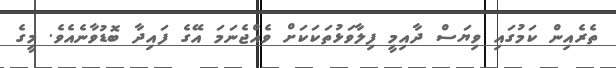
ތެރެއިން ކަމުގައި ވިޔަސް ދާއިމީ ފިލާވަޅުތަކަކަށް ވެއްޖެނަމަ އޭގެ ފައިދާ ބޮޑުވާނެއެވެ. މީގެ